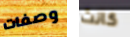
وصفات كانت